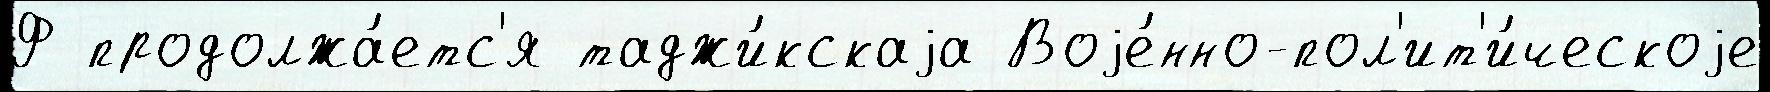
Ф продолжа́етс'я таджи́кскаjа Воjе́нно-пол'ит'и́ческоjе